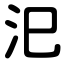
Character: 汜